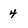
Character: 4